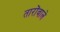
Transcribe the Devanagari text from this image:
तारोंवाले